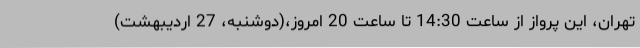
تهران، این پرواز از ساعت 14:30 تا ساعت 20 امروز،(دوشنبه، 27 اردیبهشت)